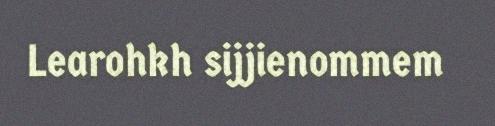
Learohkh sijjienommem